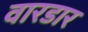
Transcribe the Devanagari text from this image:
वारडार